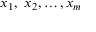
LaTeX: x _ { 1 } , \ x _ { 2 } , \ldots , x _ { m }